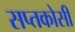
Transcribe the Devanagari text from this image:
सप्तकोसी